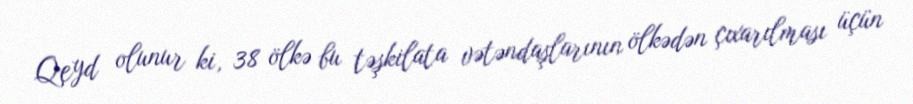
Qeyd olunur ki, 38 ölkə bu təşkilata vətəndaşlarının ölkədən çıxarılması üçün